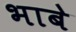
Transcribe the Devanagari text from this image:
भाबे